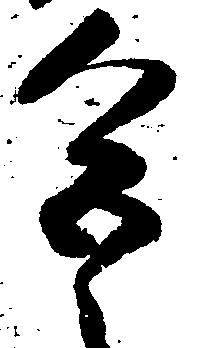
色